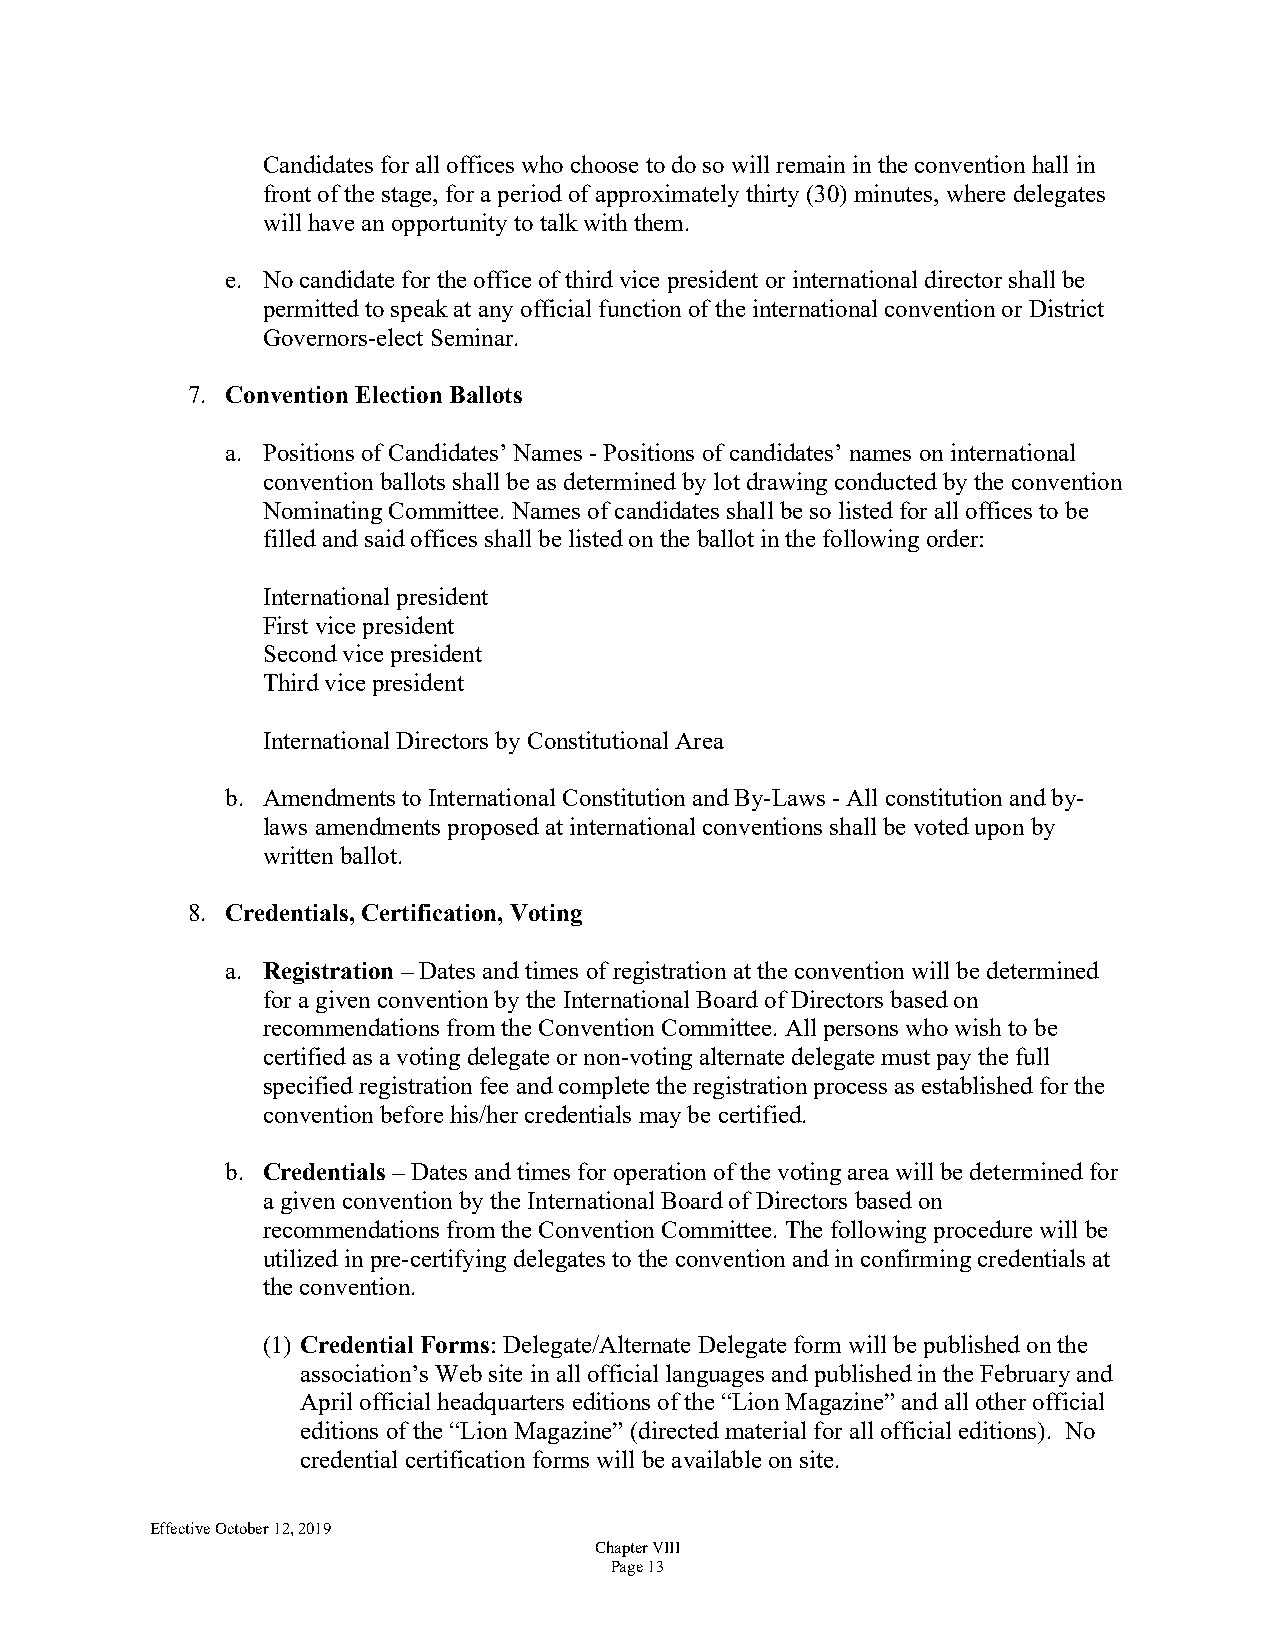
Candidates for all offices who choose to do so will remain in the convention hall in
 front of the stage, for a period of approximately thirty (30) minutes, where delegates
 will have an opportunity to talk with them.
 e. No candidate for the office of third vice president or international director shall be
 permitted to speak at any official function of the international convention or District
 Governors-elect Seminar.
 7. Convention Election Ballots
 a. Positions of Candidates’ Names - Positions of candidates’ names on international
 convention ballots shall be as determined by lot drawing conducted by the convention
 Nominating Committee. Names of candidates shall be so listed for all offices to be
 filled and said offices shall be listed on the ballot in the following order:
 International president
 First vice president
 Second vice president
 Third vice president
 International Directors by Constitutional Area
 b. Amendments to International Constitution and By-Laws - All constitution and by-
 laws amendments proposed at international conventions shall be voted upon by
 written ballot.
 8. Credentials, Certification, Voting
 a. Registration – Dates and times of registration at the convention will be determined
 for a given convention by the International Board of Directors based on
 recommendations from the Convention Committee. All persons who wish to be
 certified as a voting delegate or non-voting alternate delegate must pay the full
 specified registration fee and complete the registration process as established for the
 convention before his/her credentials may be certified.
 b. Credentials – Dates and times for operation of the voting area will be determined for
 a given convention by the International Board of Directors based on
 recommendations from the Convention Committee. The following procedure will be
 utilized in pre-certifying delegates to the convention and in confirming credentials at
 the convention.
 (1) Credential Forms: Delegate/Alternate Delegate form will be published on the
 association’s Web site in all official languages and published in the February and
 April official headquarters editions of the “Lion Magazine” and all other official
 editions of the “Lion Magazine” (directed material for all official editions). No
 credential certification forms will be available on site.
 Effective October 12, 2019
 Chapter VIII
 Page 13